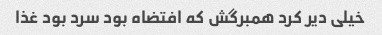
خیلی دیر کرد همبرگش که افتضاه بود سرد بود غذا